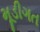
મૂડીગત